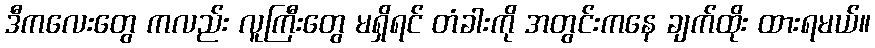
ဒီကလေးတွေ ကလည်း လူကြီးတွေ မရှိရင် တံခါးကို အတွင်းကနေ ချက်ထိုး ထားရမယ်။